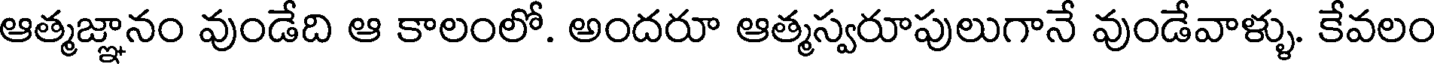
ఆత్మజ్ఞానం వుండేది ఆ కాలంలో. అందరూ ఆత్మస్వరూపులుగానే వుండేవాళ్ళు. కేవలం